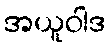
အယူဝါဒ